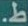
ط.